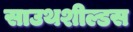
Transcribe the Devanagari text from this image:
साउथशील्डस